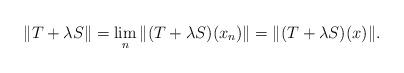
LaTeX: \begin{align*}\| T + \lambda S\| = \lim_n \| (T + \lambda S)(x_n)\| = \| (T + \lambda S)(x)\|.\end{align*}